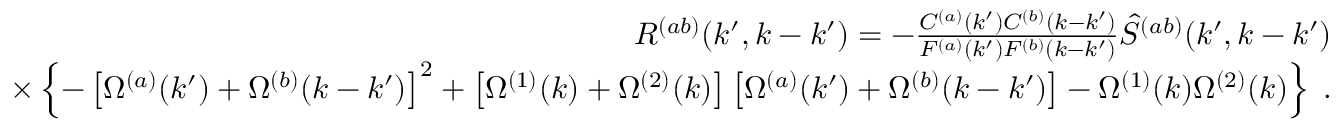
\begin{array} { r l r } & { } & { R ^ { ( a b ) } ( k ^ { \prime } , k - k ^ { \prime } ) = - \frac { C ^ { ( a ) } ( k ^ { \prime } ) C ^ { ( b ) } ( k - k ^ { \prime } ) } { F ^ { ( a ) } ( k ^ { \prime } ) F ^ { ( b ) } ( k - k ^ { \prime } ) } \hat { S } ^ { ( a b ) } ( k ^ { \prime } , k - k ^ { \prime } ) } \\ & { } & { \times \left\{ - \left[ \Omega ^ { ( a ) } ( k ^ { \prime } ) + \Omega ^ { ( b ) } ( k - k ^ { \prime } ) \right] ^ { 2 } + \left[ \Omega ^ { ( 1 ) } ( k ) + \Omega ^ { ( 2 ) } ( k ) \right] \left[ \Omega ^ { ( a ) } ( k ^ { \prime } ) + \Omega ^ { ( b ) } ( k - k ^ { \prime } ) \right] - \Omega ^ { ( 1 ) } ( k ) \Omega ^ { ( 2 ) } ( k ) \right\} \; . } \end{array}